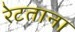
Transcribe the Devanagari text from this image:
रेटताना